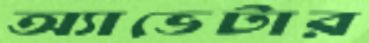
অ্যাভেটার